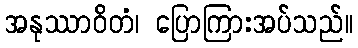
အနုဿာဝိတံ၊ ပြောကြားအပ်သည်။